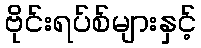
ဗိုင်းရပ်စ်များနှင့်